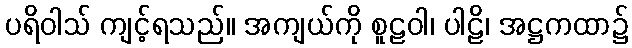
ပရိဝါသ် ကျင့်ရသည်။ အကျယ်ကို စူဠဝါ၊ ပါဠိ၊ အဋ္ဌကထာ၌